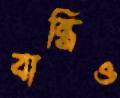
বান্ধিও